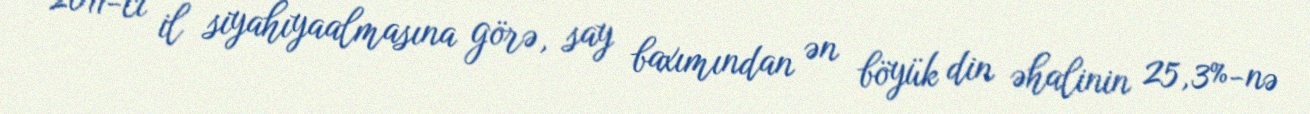
2011-ci il siyahıyaalmasına görə, say baxımından ən böyük din əhalinin 25,3%-nə